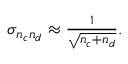
\begin{array} { r } { \sigma _ { n _ { c } n _ { d } } \approx \frac { 1 } { \sqrt { n _ { c } + n _ { d } } } . } \end{array}